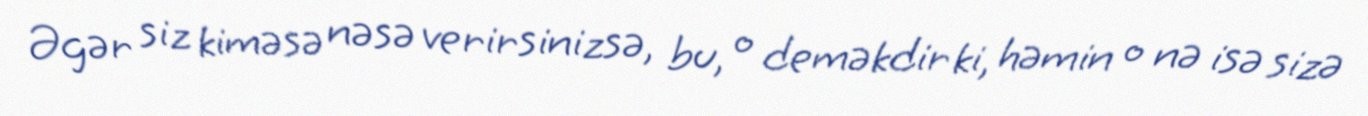
Əgər siz kiməsə nəsə verirsinizsə, bu, o deməkdir ki, həmin o nə isə sizə